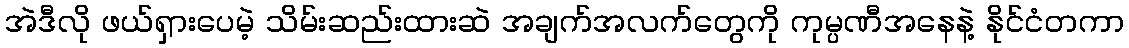
အဲဒီလို ဖယ်ရှားပေမဲ့ သိမ်းဆည်းထားဆဲ အချက်အလက်တွေကို ကုမ္ပဏီအနေနဲ့ နိုင်ငံတကာ